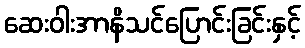
ဆေးဝါးအာနိသင်ပြောင်းခြင်းနှင့်